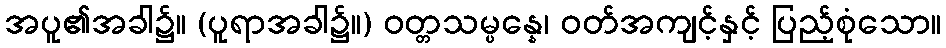
အပူ၏အခါ၌။ (ပူရာအခါ၌။) ဝတ္တသမ္ပန္နေ၊ ဝတ်အကျင့်နှင့် ပြည့်စုံသော။